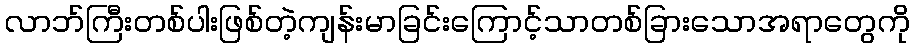
လာဘ်ကြီးတစ်ပါးဖြစ်တဲ့ကျန်းမာခြင်းကြောင့်သာတစ်ခြားသောအရာတွေကို